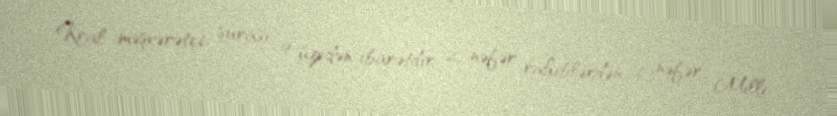
Kral məşvərətçi şurası 9 üzvdən ibarətdir: 2 nəfər rahiblərdən, 6 nəfər Milli